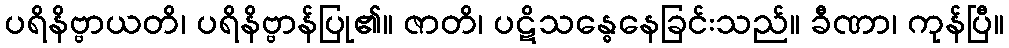
ပရိနိဗ္ဗာယတိ၊ ပရိနိဗ္ဗာန်ပြု၏။ ဇာတိ၊ ပဋိသန္ဓေနေခြင်းသည်။ ခီဏာ၊ ကုန်ပြီ။